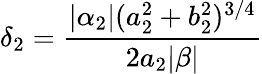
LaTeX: \delta_{2}=\frac{|\alpha_{2}|(a_{2}^{2}+b_{2}^{2})^{3/4}}{2a_{2}|\beta|}